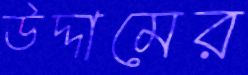
উদ্দামের